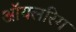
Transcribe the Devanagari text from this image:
ऑयलरिग